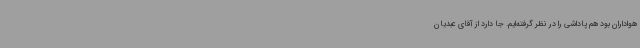
هواداران بود هم پاداشی را در نظر گرفته‌ایم. جا دارد از آقای عبدیان